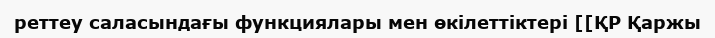
реттеу саласындағы функциялары мен өкілеттіктері [[ҚР Қаржы